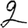
Digit: 2